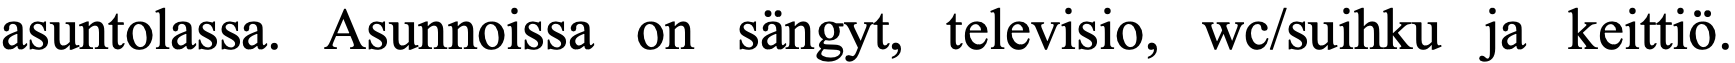
asuntolassa. Asunnoissa on sängyt, televisio, wc/suihku ja keittiö.